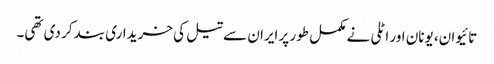
تائیوان، یونان اور اٹلی نے مکمل طور پر ایران سے تیل کی خریداری بند کر دی تھی۔